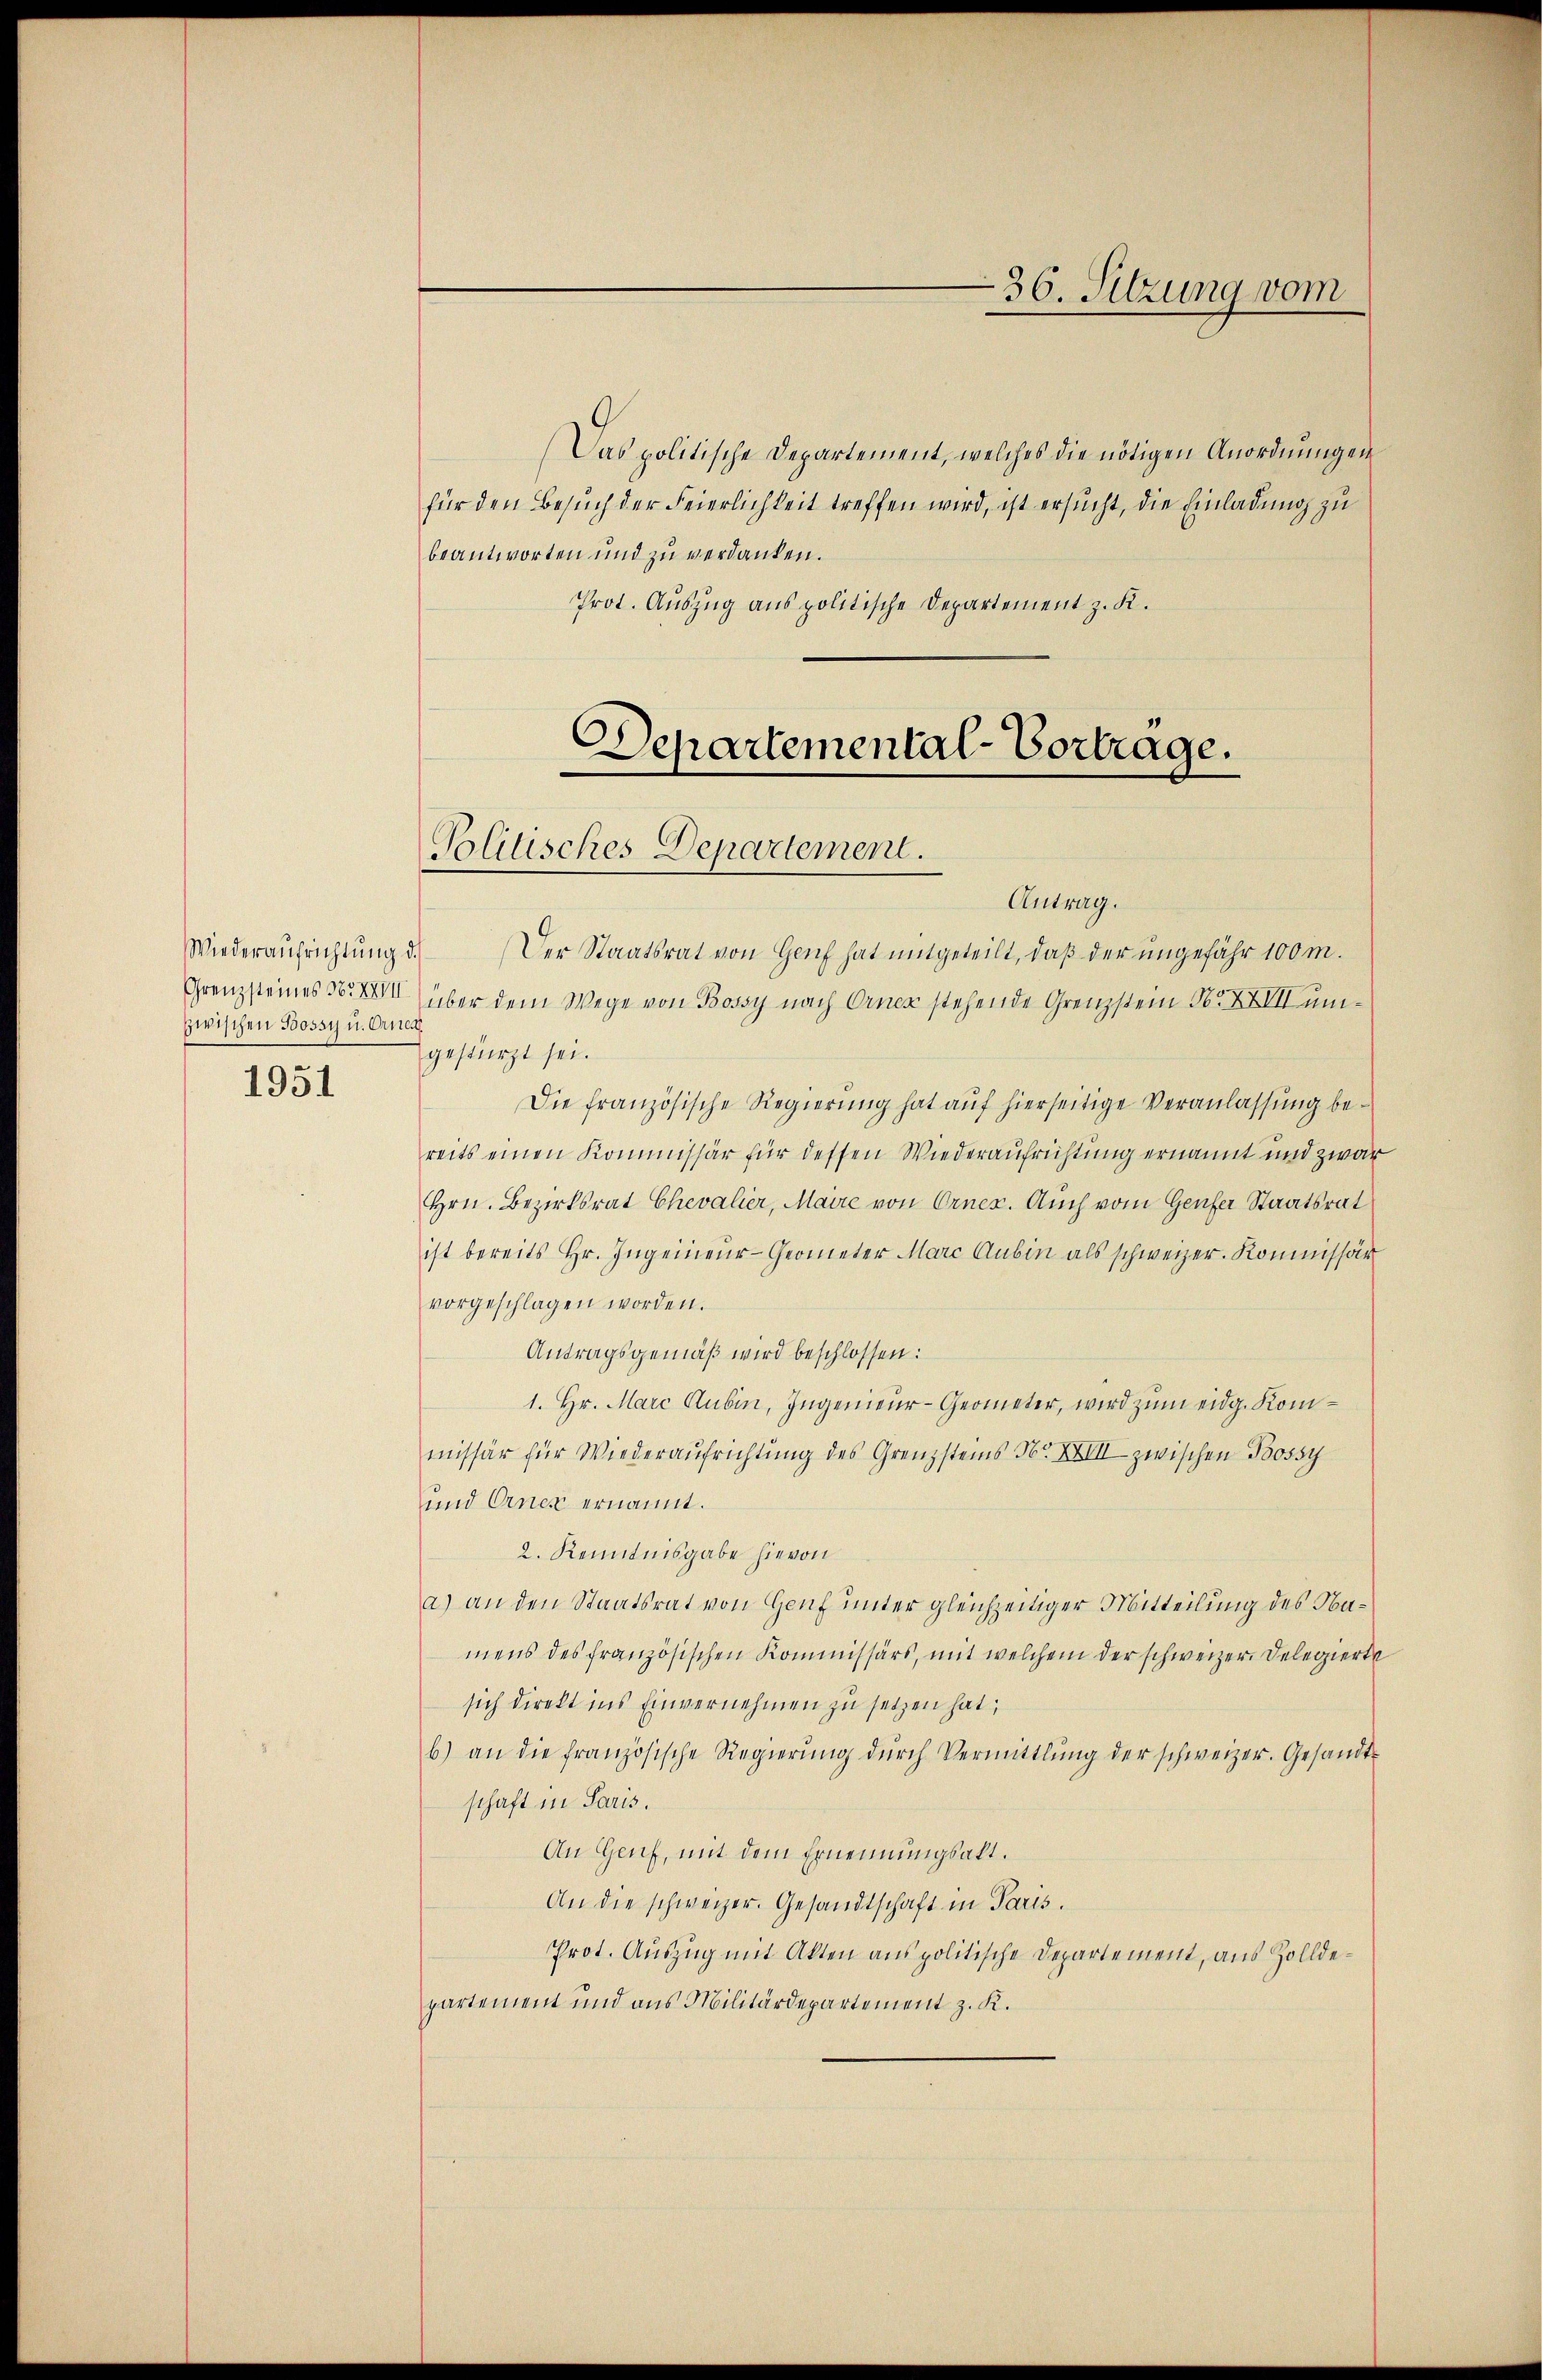
Wiederaufrichtung d.
Grenzsteines Nr XVII
zwischen Bossy u. Orien

1951

Das politische Departement, welches die nötigen Anordnungen
für den Besuch der Feierlichkeit treffen wird, ist ersucht, die Einladung zu
beantworten und zu verdanken.
Prot. Auszug aus politische Departement z. K.

Departemental-Vortrage.
Politisches Departement.

Antrag.
f
Der Staatsrat von Genf hat mitgeteilt, daß der ungefähr 100 m.
über dem Wege von Bossy nach Orner stehende Grenzstein N. XXII umgestürzt sei.
Die französische Regierung hat auf hierseitige Veranlassung bereits einen Kommissär für dessen Wiederaufrichtung ernannt und zwar
Hrn. Bezirksrat Chevalier, Maire von Ornex. Auch vom Genfer Staatsrat
ist bereits hr. Ingenieur-Geometer Marc Aubin als schweizer. Kommissär
vorgeschlagen worden.
Antragsgemäß wird beschlossen:
1. Hr. Marc Rubin, Ingenieur-Geometer, wird zum eidg. Kommissär für Wiederaufrichtung des Grenzsteins Nr. XXIII zwischen Bossy
und Orner ernannt.
2. Kenntnisgabe hievon
a) an den Staatsrat von Genf unter gleichzeitiger Mitteilung des Namens des französischen Kommissärs, mit welchem der schweizer. Delegierte
sich direkt ins Einvernehmen zu setzen hat;
b) an die französische Regierŭng dŭrch Vermittlung der schweizer. Gesandt-
schaft in Paris.
An Genf, mit dem Ernennungsakt.
An die schweizer. Gesandtschaft in Paris.
Prot. Auszug mit Akten aus politische Departement, aus Zolldepartement und aus Militärdepartement z. K.

36. Sitzung vom